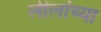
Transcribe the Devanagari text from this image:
लीलांच्या